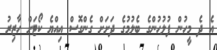
އެ ދެ މީހުން ފުލުހުންގެ ބެލުމުގެ ދަށަށް ގެންގޮސް އިއްޔެ ކޯޓަށް ހާޒިރު